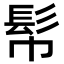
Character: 𩫹